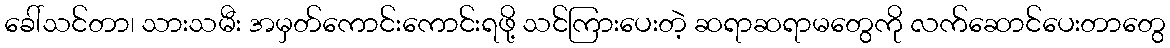
ခေါ်သင်တာ၊ သားသမီး အမှတ်ကောင်းကောင်းရဖို့ သင်ကြားပေးတဲ့ ဆရာဆရာမတွေကို လက်ဆောင်ပေးတာတွေ